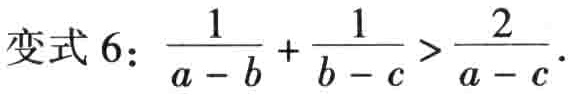
变式 6：\(\frac{1}{a - b} + \frac{1}{b - c} > \frac{2}{a - c}\)